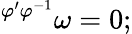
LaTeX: {}^{\varphi^{\prime}\varphi^{-1}}\omega=0;